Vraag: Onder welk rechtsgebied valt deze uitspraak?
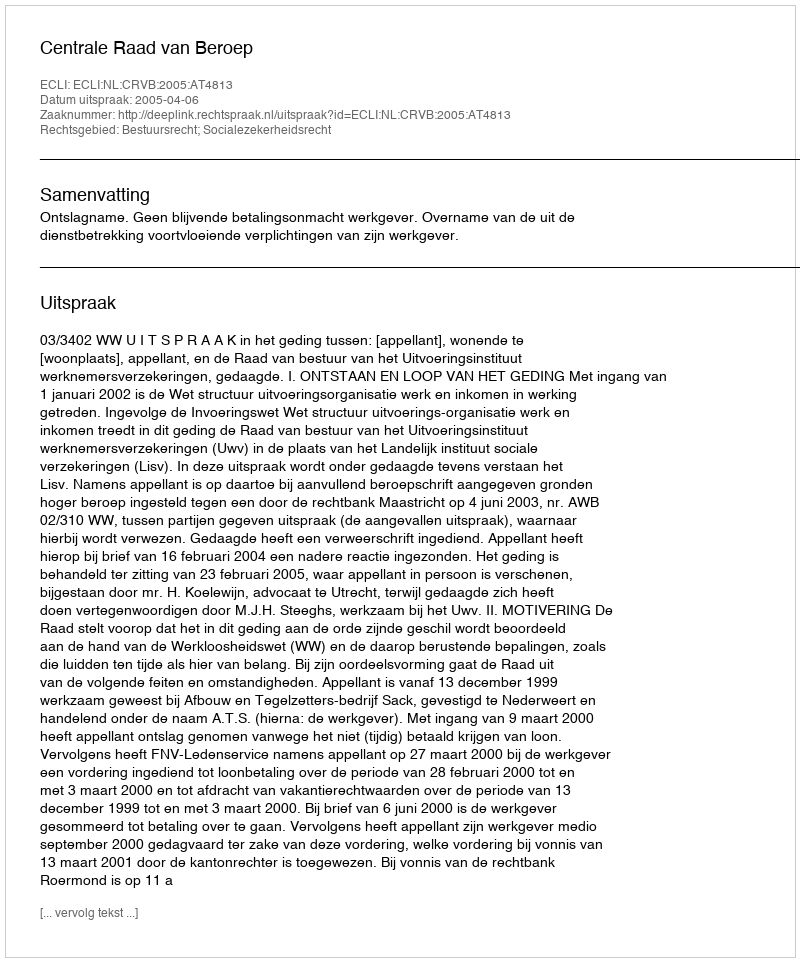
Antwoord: Bestuursrecht; Socialezekerheidsrecht